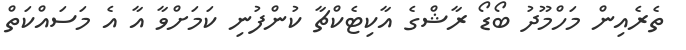
ތެރެއިން މަހްމޫދު ބޯޑޯ ރާޝްގެ އާކިޓެކްޗާ ކުންފުނި ކަމަށްވާ އާ އެ މަސައްކަތް